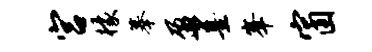
宫檬摹盈墨峰窗